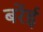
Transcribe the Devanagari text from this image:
बरेंई